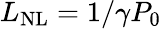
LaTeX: L_{\mathrm{NL}}=1/\gamma P_{\mathrm{0}}